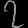
Digit: ၇